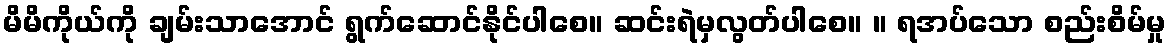
မိမိကိုယ်ကို ချမ်းသာအောင် ရွက်ဆောင်နိုင်ပါစေ။ ဆင်းရဲမှလွတ်ပါစေ။ ။ ရအပ်သော စည်းစိမ်မှု